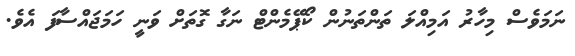
ނަމަވެސް މިހާރު އަމިއްލަ ތަންތަނުން ކޯޕޭމެންޓް ނަގާ ގޮތަށް ވަނީ ހަމަޖައްސާފަ އެވެ.